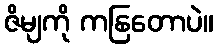
ဇိမျကို ကနြတောပဲ။